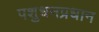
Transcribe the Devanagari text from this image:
पशुधनप्रधान